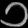
Digit: ၁